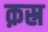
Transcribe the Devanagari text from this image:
क़स्र